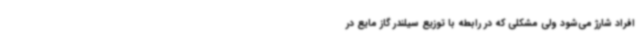
افراد شارژ می‌شود ولی مشکلی که در رابطه با توزیع سیلندر گاز مایع در